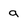
Character: a